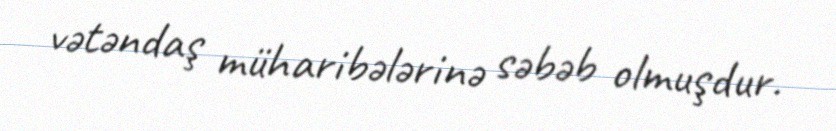
vətəndaş müharibələrinə səbəb olmuşdur.